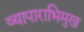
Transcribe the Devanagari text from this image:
व्यापाराभिमुख